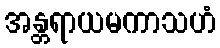
အန္တရာယမကာသဟံ